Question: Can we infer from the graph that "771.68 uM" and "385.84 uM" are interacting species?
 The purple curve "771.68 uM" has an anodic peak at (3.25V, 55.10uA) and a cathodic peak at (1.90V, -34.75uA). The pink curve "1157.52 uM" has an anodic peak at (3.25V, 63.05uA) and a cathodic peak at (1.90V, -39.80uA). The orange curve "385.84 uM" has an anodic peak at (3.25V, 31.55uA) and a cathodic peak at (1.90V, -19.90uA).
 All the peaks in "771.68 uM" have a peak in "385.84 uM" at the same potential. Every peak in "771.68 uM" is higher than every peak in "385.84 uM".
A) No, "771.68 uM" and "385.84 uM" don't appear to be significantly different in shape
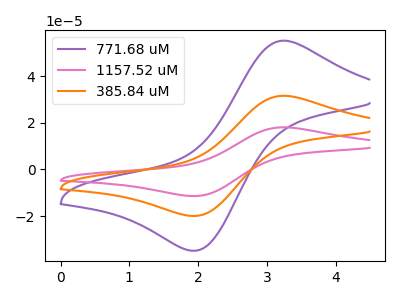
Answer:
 <answer>A) No, "771.68 uM" and "385.84 uM" don't appear to be significantly different in shape</answer>
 <eval>A</eval>